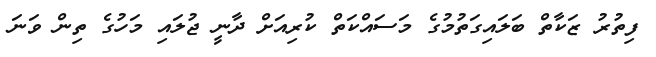
ފިތުރު ޒަކާތް ބަލައިގަތުމުގެ މަސައްކަތް ކުރިއަށް ދާނީ ޖުލައި މަހުގެ ތިން ވަނަ